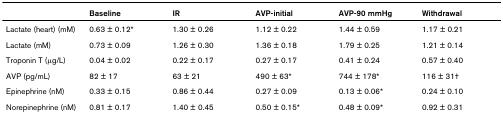
<table><thead><tr><td></td><td><b>Baseline</b></td><td><b>IR</b></td><td><b>AVP-initial</b></td><td><b>AVP-90 mmHg</b></td><td><b>Withdrawal</b></td></tr></thead><tbody><tr><td>Lactate (heart) (mM)</td><td>0.63 ± 0.12*</td><td>1.30 ± 0.26</td><td>1.12 ± 0.22</td><td>1.44 ± 0.59</td><td>1.17 ± 0.21</td></tr><tr><td>Lactate (mM)</td><td>0.73 ± 0.09</td><td>1.26 ± 0.30</td><td>1.36 ± 0.18</td><td>1.79 ± 0.25</td><td>1.21 ± 0.14</td></tr><tr><td>Troponin T (μg/L)</td><td>0.04 ± 0.02</td><td>0.22 ± 0.17</td><td>0.27 ± 0.17</td><td>0.41 ± 0.24</td><td>0.57 ± 0.40</td></tr><tr><td>AVP (pg/mL)</td><td>82 ± 17</td><td>63 ± 21</td><td>490 ± 63*</td><td>744 ± 178*</td><td>116 ± 31†</td></tr><tr><td>Epinephrine (nM)</td><td>0.33 ± 0.15</td><td>0.86 ± 0.44</td><td>0.27 ± 0.09</td><td>0.13 ± 0.06*</td><td>0.24 ± 0.10</td></tr><tr><td>Norepinephrine (nM)</td><td>0.81 ± 0.17</td><td>1.40 ± 0.45</td><td>0.50 ± 0.15*</td><td>0.48 ± 0.09*</td><td>0.92 ± 0.31</td></tr></tbody></table>